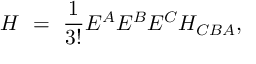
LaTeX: H \ = \ \frac { 1 } { 3 ! } E ^ { A } E ^ { B } E ^ { C } H _ { C B A } ,